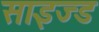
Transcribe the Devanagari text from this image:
साइज्ड